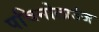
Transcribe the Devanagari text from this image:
पचिनोलाउंज